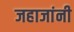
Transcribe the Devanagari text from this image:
जहाजांनी